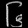
Digit: ၆